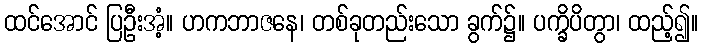
ထင်အောင် ပြဦးအံ့။ ဟကဘာဇနေ၊ တစ်ခုတည်းသော ခွက်၌။ ပက္ခိပိတွာ၊ ထည့်၍။